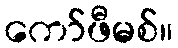
ကော်ဖီမစ်။